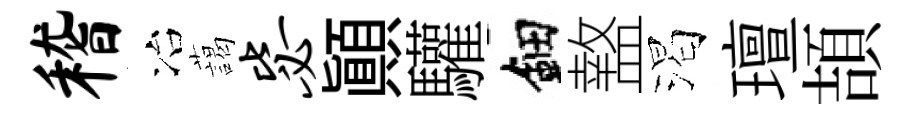
稽冶藹毖顚驩鈿盩渴璮頡